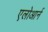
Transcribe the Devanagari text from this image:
एलोआर्न